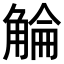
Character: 𧣵